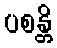
ပစန္တိ